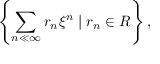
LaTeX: \left\{ \sum _ { n \ll \infty } r _ { n } \xi ^ { n } \mid r _ { n } \in R \right\} ,